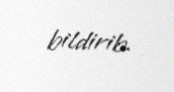
bildirib.